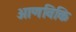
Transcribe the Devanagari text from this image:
आणविकि